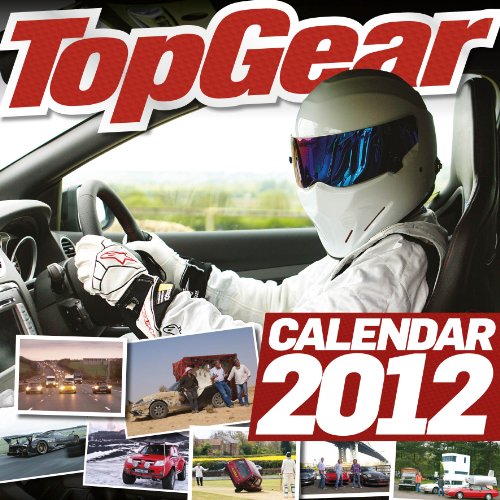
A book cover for Official Top Gear Calendar 2012; Calendars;